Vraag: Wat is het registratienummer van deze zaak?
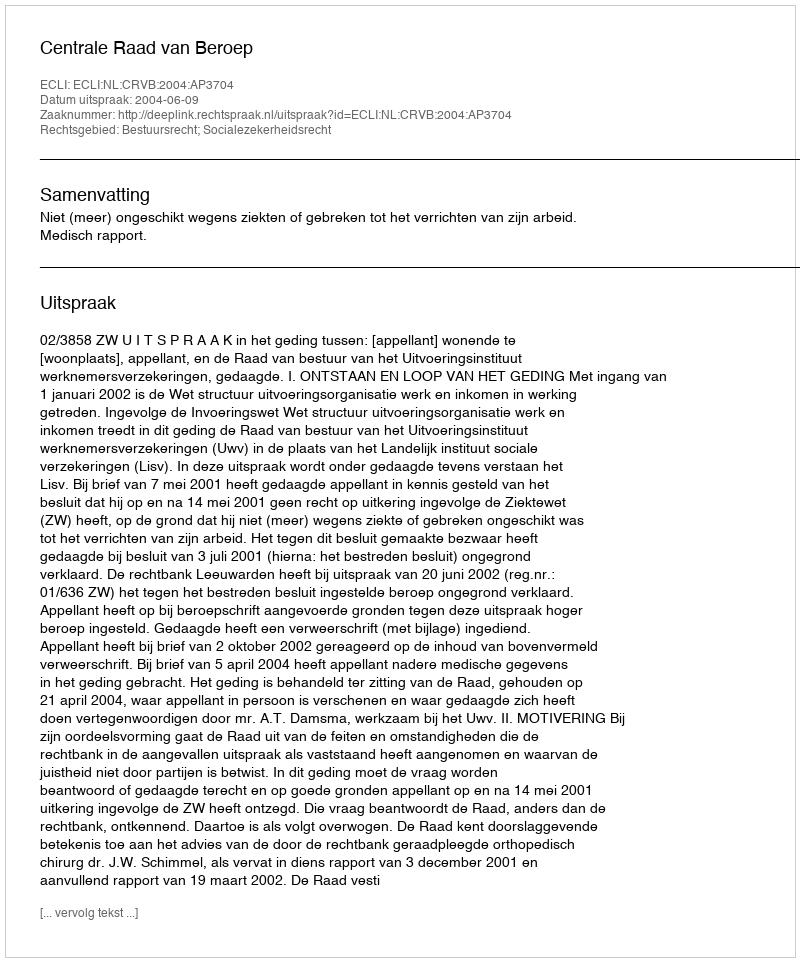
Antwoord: http://deeplink.rechtspraak.nl/uitspraak?id=ECLI:NL:CRVB:2004:AP3704